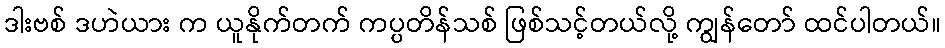
ဒါးဗစ် ဒဟဲယား က ယူနိုက်တက် ကပ္ပတိန်သစ် ဖြစ်သင့်တယ်လို့ ကျွန်တော် ထင်ပါတယ်။